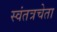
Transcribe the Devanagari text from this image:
स्वंतत्रचेता